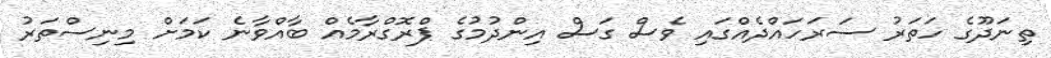
ތިނަދޫގެ ހަތަރު ސަރަހައްދެއްގައި ވެސް ގަސް އިންދުމުގެ ޕްރޮގްރާމެއް ބާއްވާނެ ކަމަށް މިނިސްތަރު